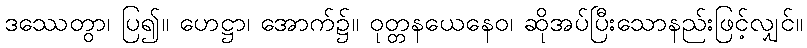
ဒဿေတွာ၊ ပြ၍။ ဟေဋ္ဌာ၊ အောက်၌။ ဝုတ္တနယေနေဝ၊ ဆိုအပ်ပြီးသောနည်းဖြင့်လျှင်။